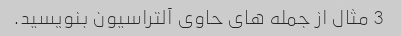
3 مثال از جمله های حاوی آلتراسیون بنویسید.